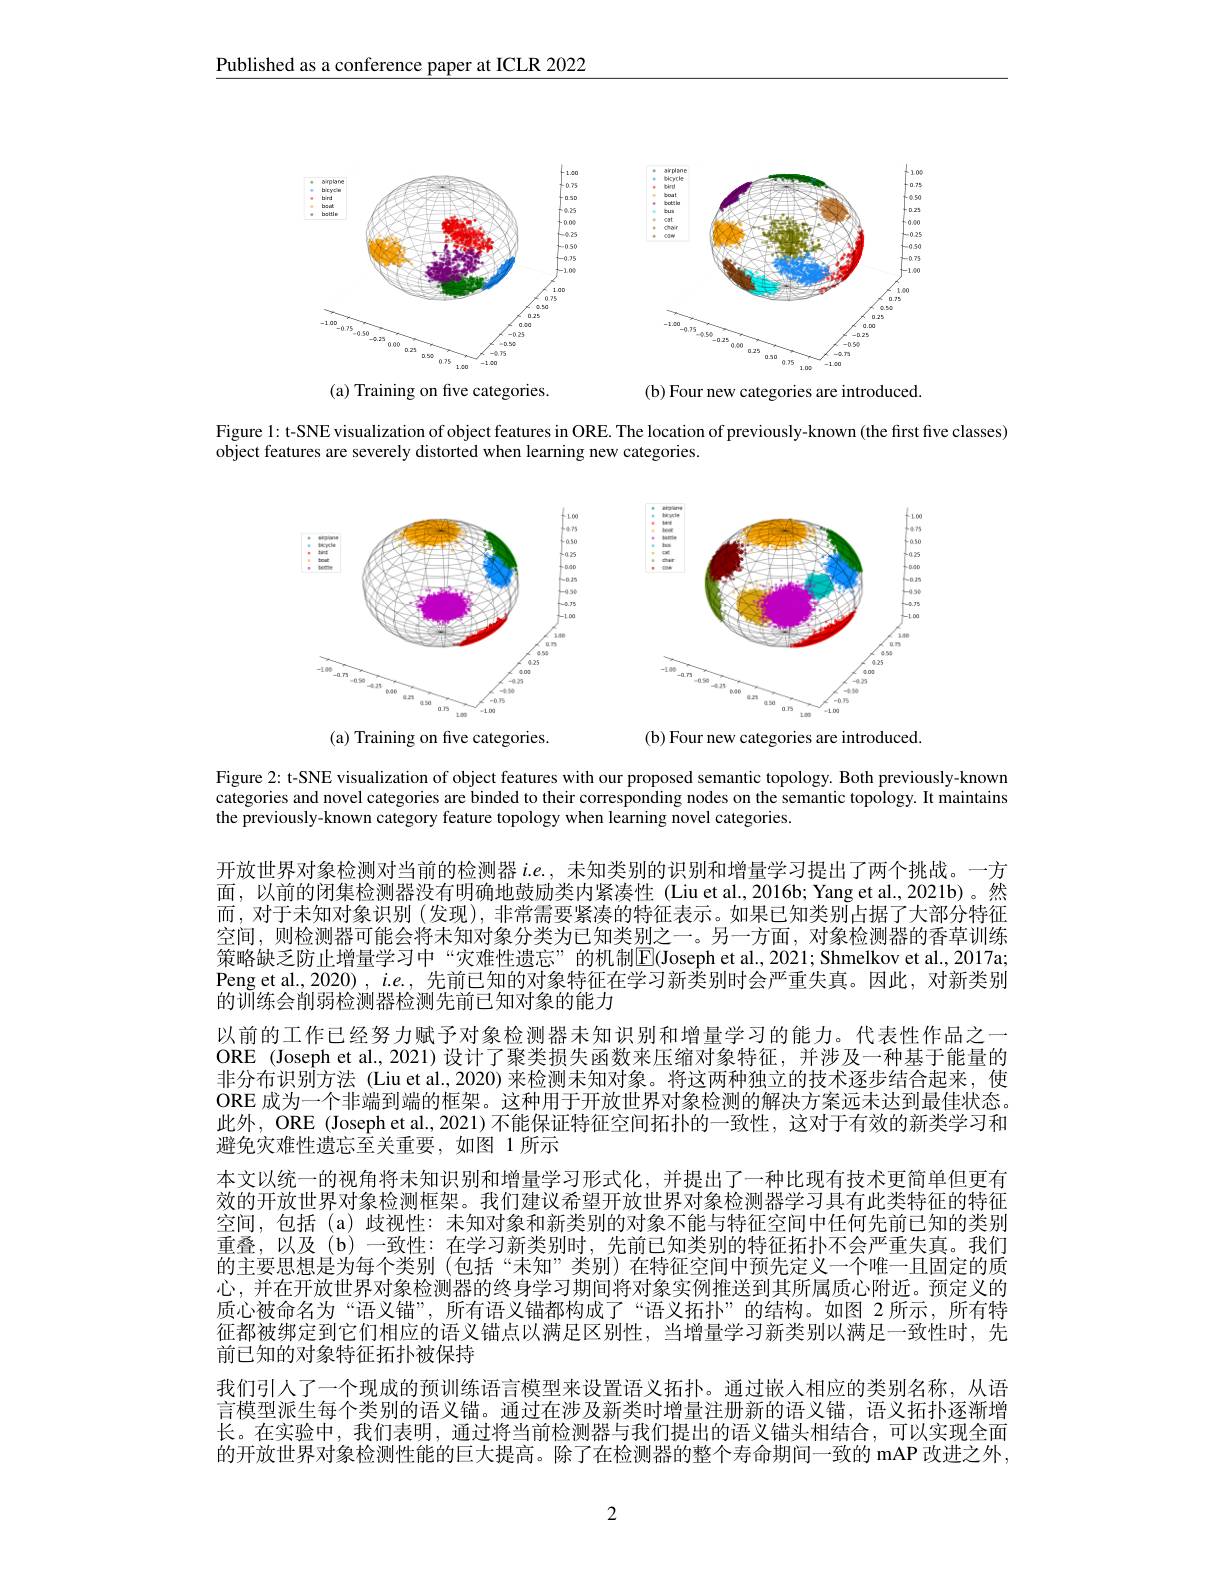
Published as a conference paper at ICLR 2022

<FigureHere>

<FigureHere>

Figure 1: t-SNE visualization of object features in ORE. The location of previously-known (the first five classes)
object features are severely distorted when learning new categories.

<FigureHere>

<FigureHere>

Figure 2: t-SNE visualization of object features with our proposed semantic topology. Both previously-known categories and novel categories are binded to their corresponding nodes on the semantic topology. It maintains the previously-known category feature topology when learning novel categories.

开放世界对象检测对当前的检测器$i.e.$,未知类别的识别和增量学习提出了两个挑战。一方面，以前的闭集检测器没有明确地鼓励类内紧凑性(Liuet al.,2016b; Yang et al.,2021b)。然而，对于未知对象识别(发现),非常需要紧凑的特征表示。如果已知类别占据了大部分特征空间，则检测器可能会将未知对象分类为已知类别之一。另一方面，对象检测器的香草训练策略缺乏防止增量学习中“灾难性遗忘”的机制$\boxed{\mathrm{E}}($Joseph et al.,2021; Shmelkov et al.,2017a; Peng et al., 2020) , $i.e.$,先前已知的对象特征在学习新类别时会严重失真。因此，对新类别的训练会削弱检测器检测先前已知对象的能力
以前的工作已经努力赋予对象检测器未知识别和增量学习的能力。代表性作品之一ORE (Joseph et al., 2021) 设计了聚类损失函数来压缩对象特征，并涉及一种基于能量的非分布识别方法 (Liu et al., 2020) 来检测未知对象。将这两种独立的技术逐步结合起来，使ORE 成为一个非端到端的框架。这种用于开放世界对象检测的解决方案远未达到最佳状态。此外，ORE (Joseph et al, 2021) 不能保证特征空间拓扑的一致性，这对于有效的新类学习和避免灾难性遗忘至关重要，如图 1 所示
本文以统一的视角将未知识别和增量学习形式化，并提出了一种比现有技术更简单但更有效的开放世界对象检测框架。我们建议希望开放世界对象检测器学习具有此类特征的特征空间，包括(a)歧视性：未知对象和新类别的对象不能与特征空间中任何先前已知的类别重叠，以及(b)一致性：在学习新类别时，先前已知类别的特征拓扑不会严重失真。我们的主要思想是为每个类别(包括“未知”类别)在特征空间中预先定义一个唯一且固定的质心，并在开放世界对象检测器的终身学习期间将对象实例推送到其所属质心附近。预定义的质心被命名为“语义锚”,所有语义锚都构成了“语义拓扑”的结构。如图 2 所示，所有特征都被绑定到它们相应的语义锚点以满足区别性，当增量学习新类别以满足一致性时，先前已知的对象特征拓扑被保持
我们引人了一个现成的预训练语言模型来设置语义拓扑。通过嵌人相应的类别名称，从语言模型派生每个类别的语义锚。通过在涉及新类时增量注册新的语义锚，语义拓扑逐渐增长。在实验中，我们表明，通过将当前检测器与我们提出的语义锚头相结合，可以实现全面的开放世界对象检测性能的巨大提高。除了在检测器的整个寿命期间一致的 mAP 改进之外，

2